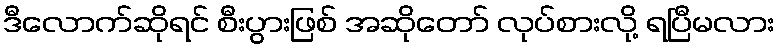
ဒီလောက်ဆိုရင် စီးပွားဖြစ် အဆိုတော် လုပ်စားလို့ ရပြီမလား